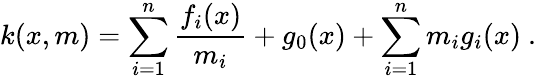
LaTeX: k(x,m)=\sum_{i=1}^{n}\frac{f_{i}(x)}{m_{i}}+g_{0}(x)+\sum_{i=1}^{n}m_{i}g_{i}(x)\ .